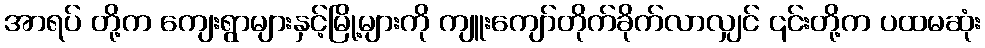
အာရပ် တို့က ကျေးရွာများနှင့်မြို့များကို ကျူးကျော်တိုက်ခိုက်လာလျှင် ၎င်းတို့က ပထမဆုံး